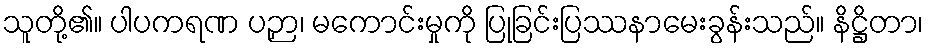
သူတို့၏။ ပါပကရဏ ပဉှာ၊ မကောင်းမှုကို ပြုခြင်းပြဿနာမေးခွန်းသည်။ နိဋ္ဌိတာ၊